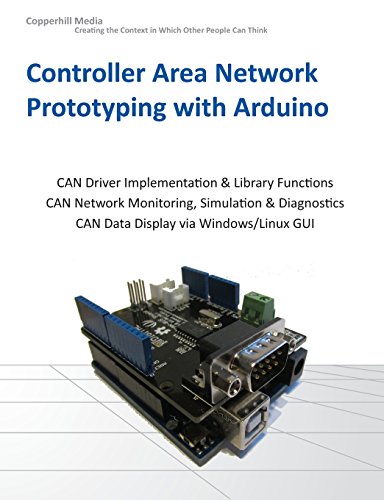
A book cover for Controller Area Network Prototyping with Arduino; Wilfried Voss; Computers & Technology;